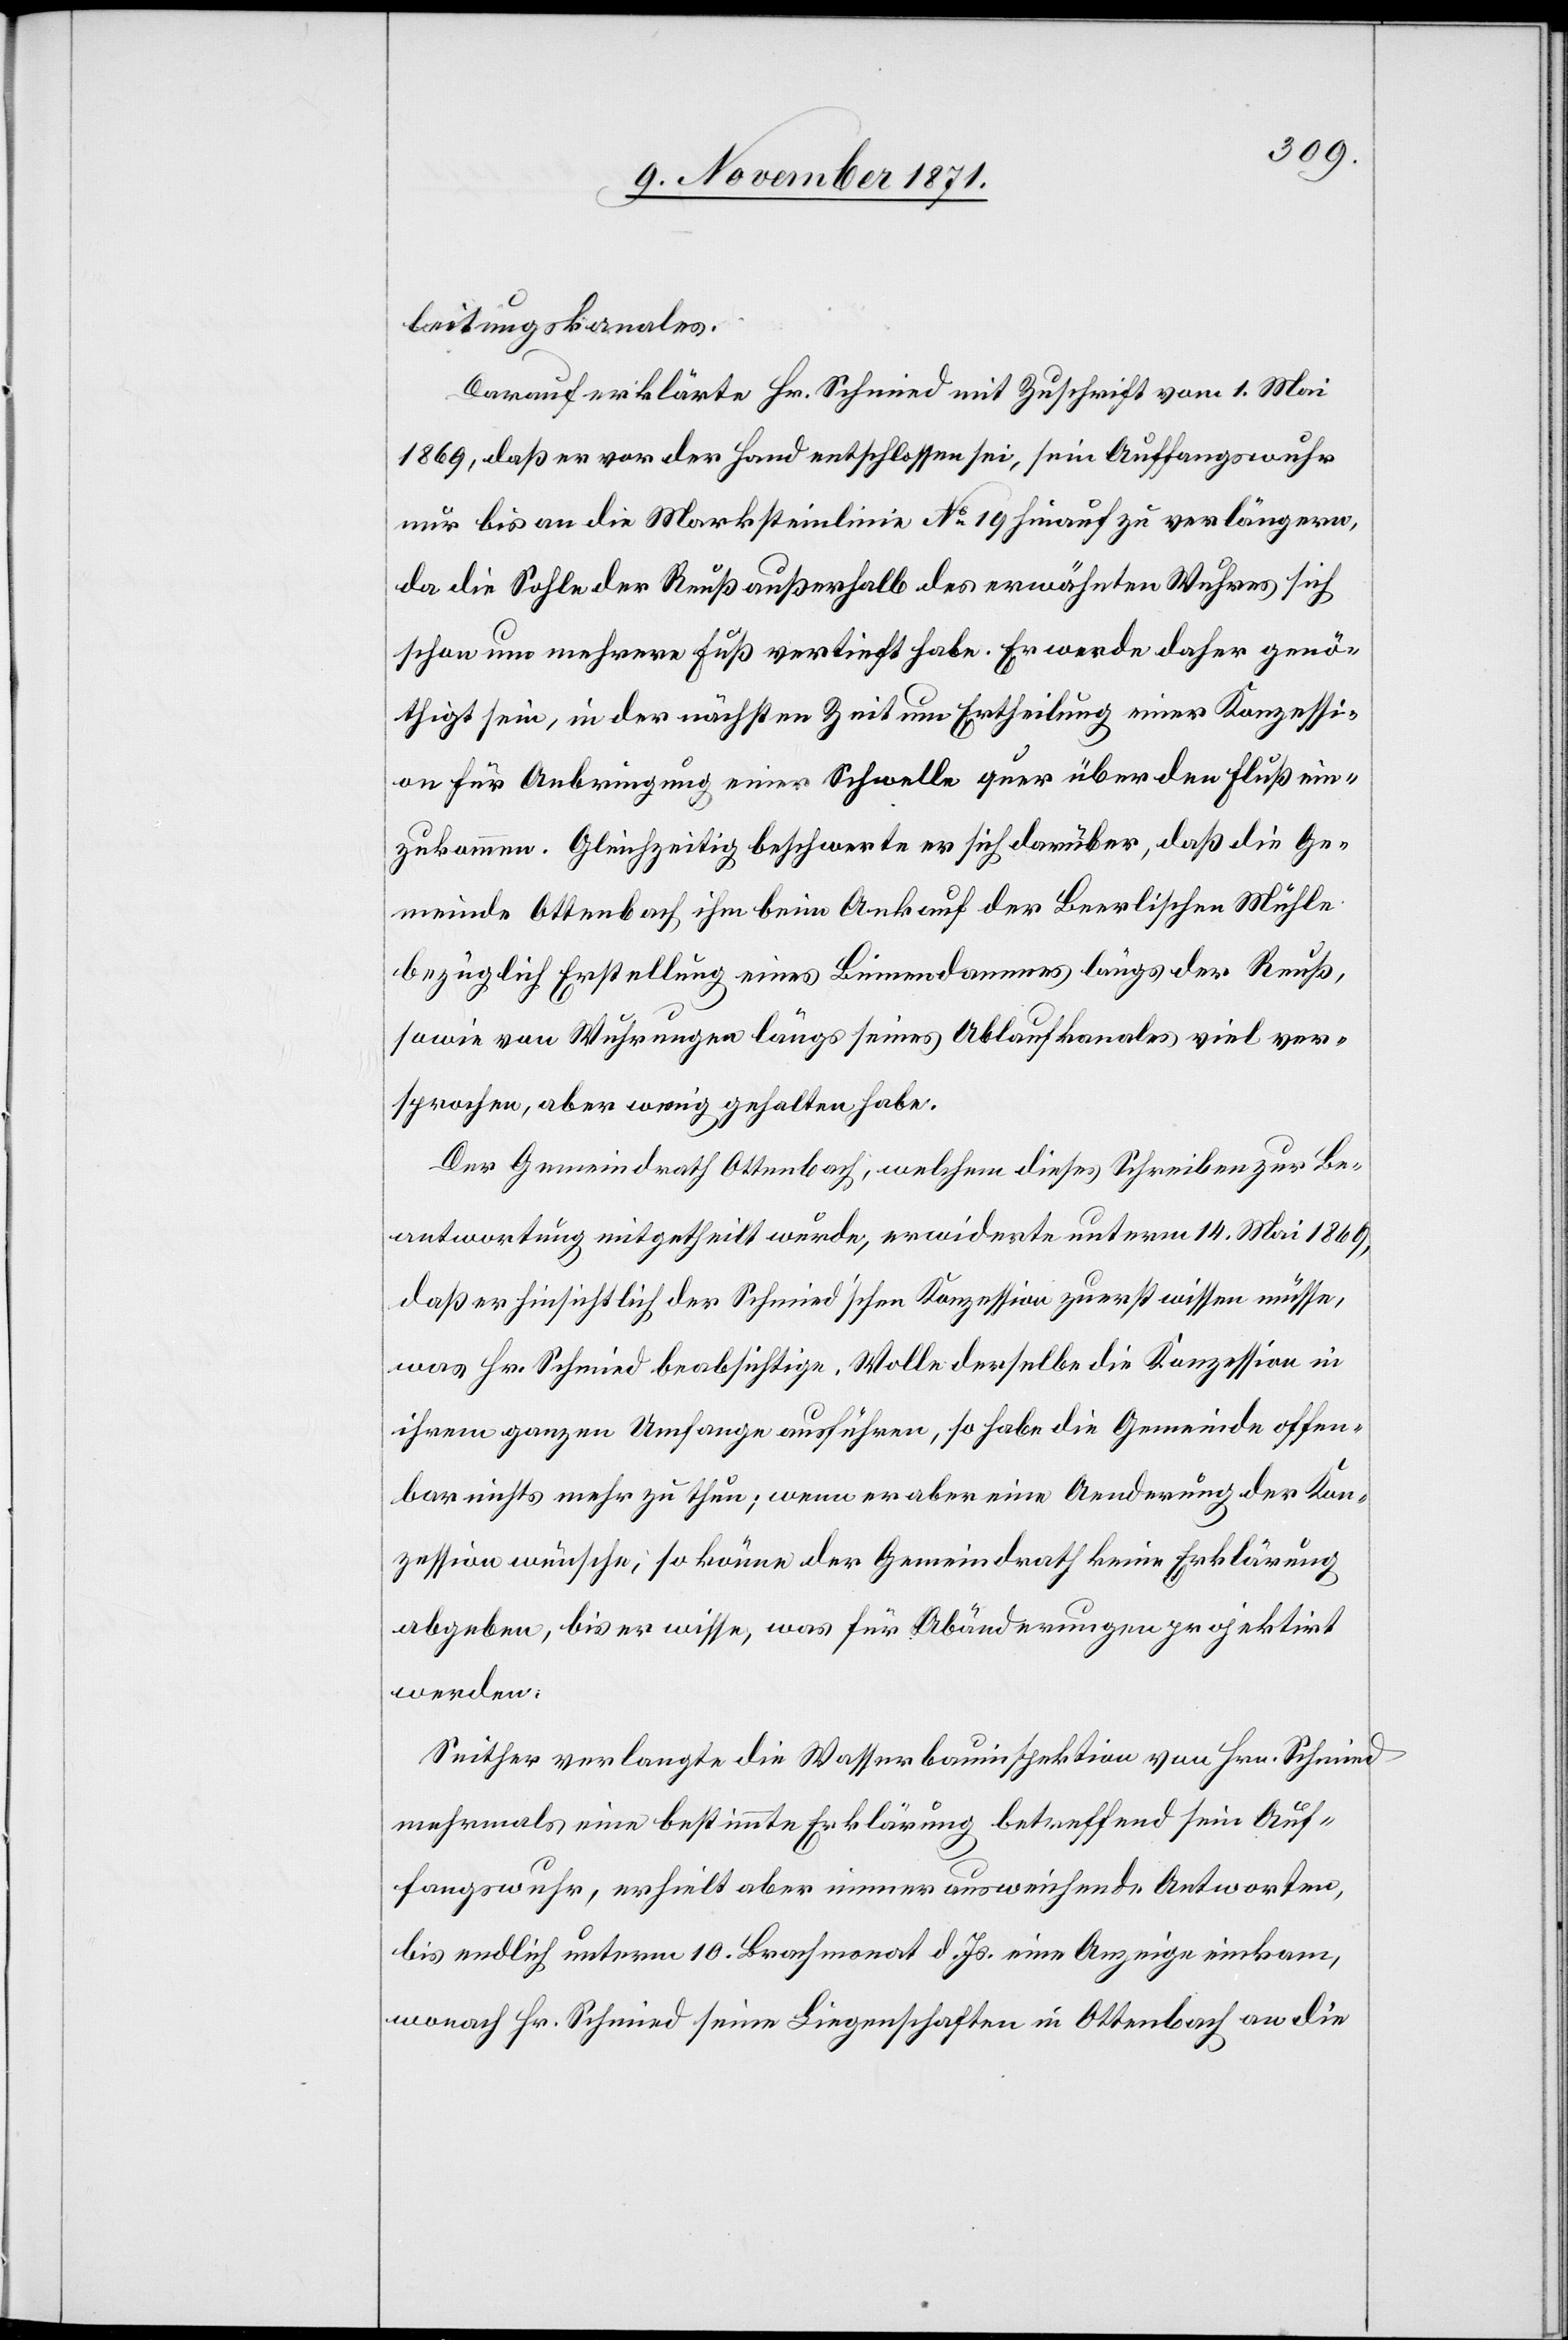
leitungskanales.
Darauf erklärte Hr. Schmied mit Zuschrift vom 1. Mai
1869, daß er vor der Hand entschlossen sei, sein Auffangswuhr
nur bis an die Marksteinlinie No 19 hinauf zu verlängern,
da die Sohle der Reuß außerhalb des erwähnten Wuhres sich
schon um mehrere Fuß vertieft habe. Er werde daher genö¬
thigt sein, in der nächsten Zeit um Ertheilung einer Konzessi¬
on für Anbringung einer Schwelle quer über den Fluß ein¬
zukommen. Gleichzeitig beschwerte er sich darüber, daß die Ge¬
meinde Ottenbach ihm beim Ankauf der Beerlischen Mühle
bezüglich Erstellung eines Binnendammes längs der Reuß,
sowie von Wuhrungen längs seines Ablaufkanales viel ver¬
sprochen, aber wenig gehalten habe.
Der Gemeindrath Ottenbach, welchem dieses Schreiben zur Be¬
antwortung mitgetheilt wurde, erwiderte unterm 14. Mai 1869,
daß er hinsichtlich der Schmied’schen Konzession zuerst wissen müsse,
was Hr. Schmied beabsichtige. Wolle derselbe die Konzession in
ihrem ganzen Umfange ausführen, so habe die Gemeinde offen¬
bar nichts mehr zu thun; wenn er aber eine Aenderung der Kon¬
zession wünsche, so könne der Gemeindrath keine Erklärung
abgeben, bis er wisse, was für Abänderungen projektirt
werden.
Seither verlangte die Wasserbauinspektion von Hrn. Schmied
mehrmals eine bestimmte Erklärung betreffend sein Auf¬
fangswuhr, erhielt aber immer ausweichende Antworten,
bis endlich unterm 10. Brachmonat d. Js. eine Anzeige einkam,
wonach Hr. Schmied seine Liegenschaften in Ottenbach an die